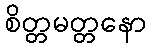
စိတ္တမတ္တနော